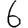
Digit: 6